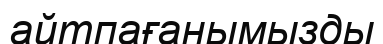
айтпағанымызды